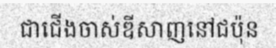
ជាជើងចាស់ឌីសាញនៅជប៉ុន